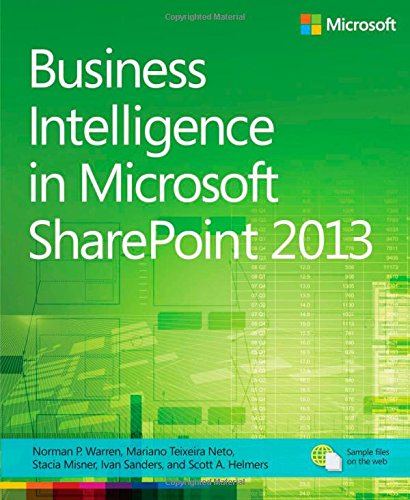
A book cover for Business Intelligence in Microsoft SharePoint 2013; Norm Warren; Computers & Technology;